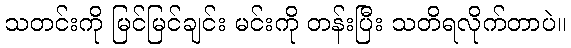
သတင်းကို မြင်မြင်ချင်း မင်းကို တန်းပြီး သတိရလိုက်တာပဲ။